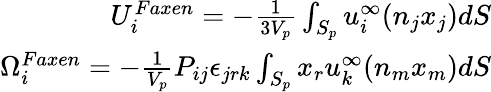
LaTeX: \begin{array}{r}{U_{i}^{Faxen}=-\frac{1}{3V_{p}}\int_{S_{p}}u_{i}^{\infty}(n_{j}x_{j})dS}\\ {\Omega_{i}^{Faxen}=-\frac{1}{V_{p}}P_{ij}\epsilon_{jrk}\int_{S_{p}}x_{r}u_{k}^{\infty}(n_{m}x_{m})dS}\end{array}